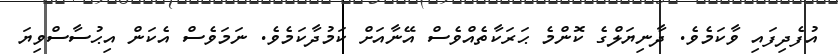
އުފެދިފައި ވާކަމެވެ. ދާނިޔަލްގެ ކޮންމެ ޙަރަކާތެއްވެސް އޭނާއަށް ކަމުދާކަމެވެ. ނަމަވެސް އެކަން އިޙުސާސްވިޔަ